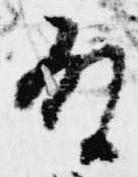
殿